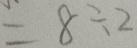
= 8 \div 2